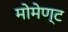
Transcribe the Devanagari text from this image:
मोमेण्ट